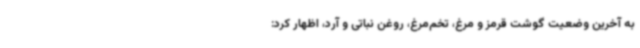
به آخرین وضعیت گوشت قرمز و مرغ، تخم‌مرغ، روغن نباتی و آرد، اظهار کرد: